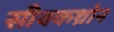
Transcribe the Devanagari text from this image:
सीबकथ्रोन